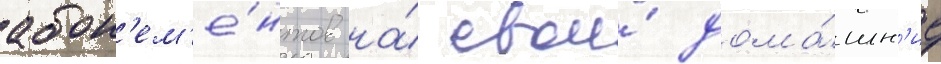
абон'ем'е́нтов на́ свои́ дома́шн'ие